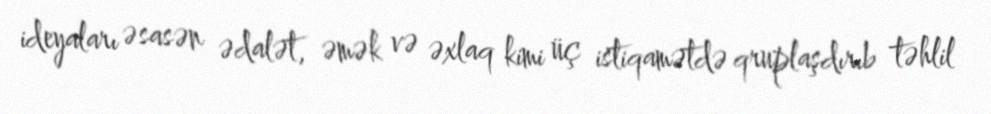
ideyaları əsasən ədalət, əmək və əxlaq kimi üç istiqamətdə qruplaşdırıb təhlil